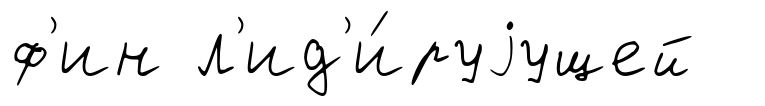
ф'ин л'ид'и́руjущей